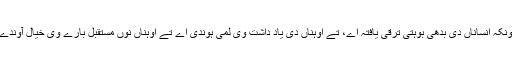
پر چونکہ انساناں دی بدھی بوہتی ترقی یافتہ اے، تے اوہناں دی یاد داشت وی لمی ہوندی اے تے اوہناں نوں مستقبل بارے وی خیال آوندے نیں۔